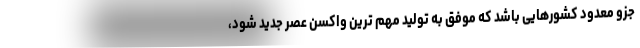
جزو معدود کشورهایی باشد که موفق به تولید مهم ترین واکسن عصر جدید شود،